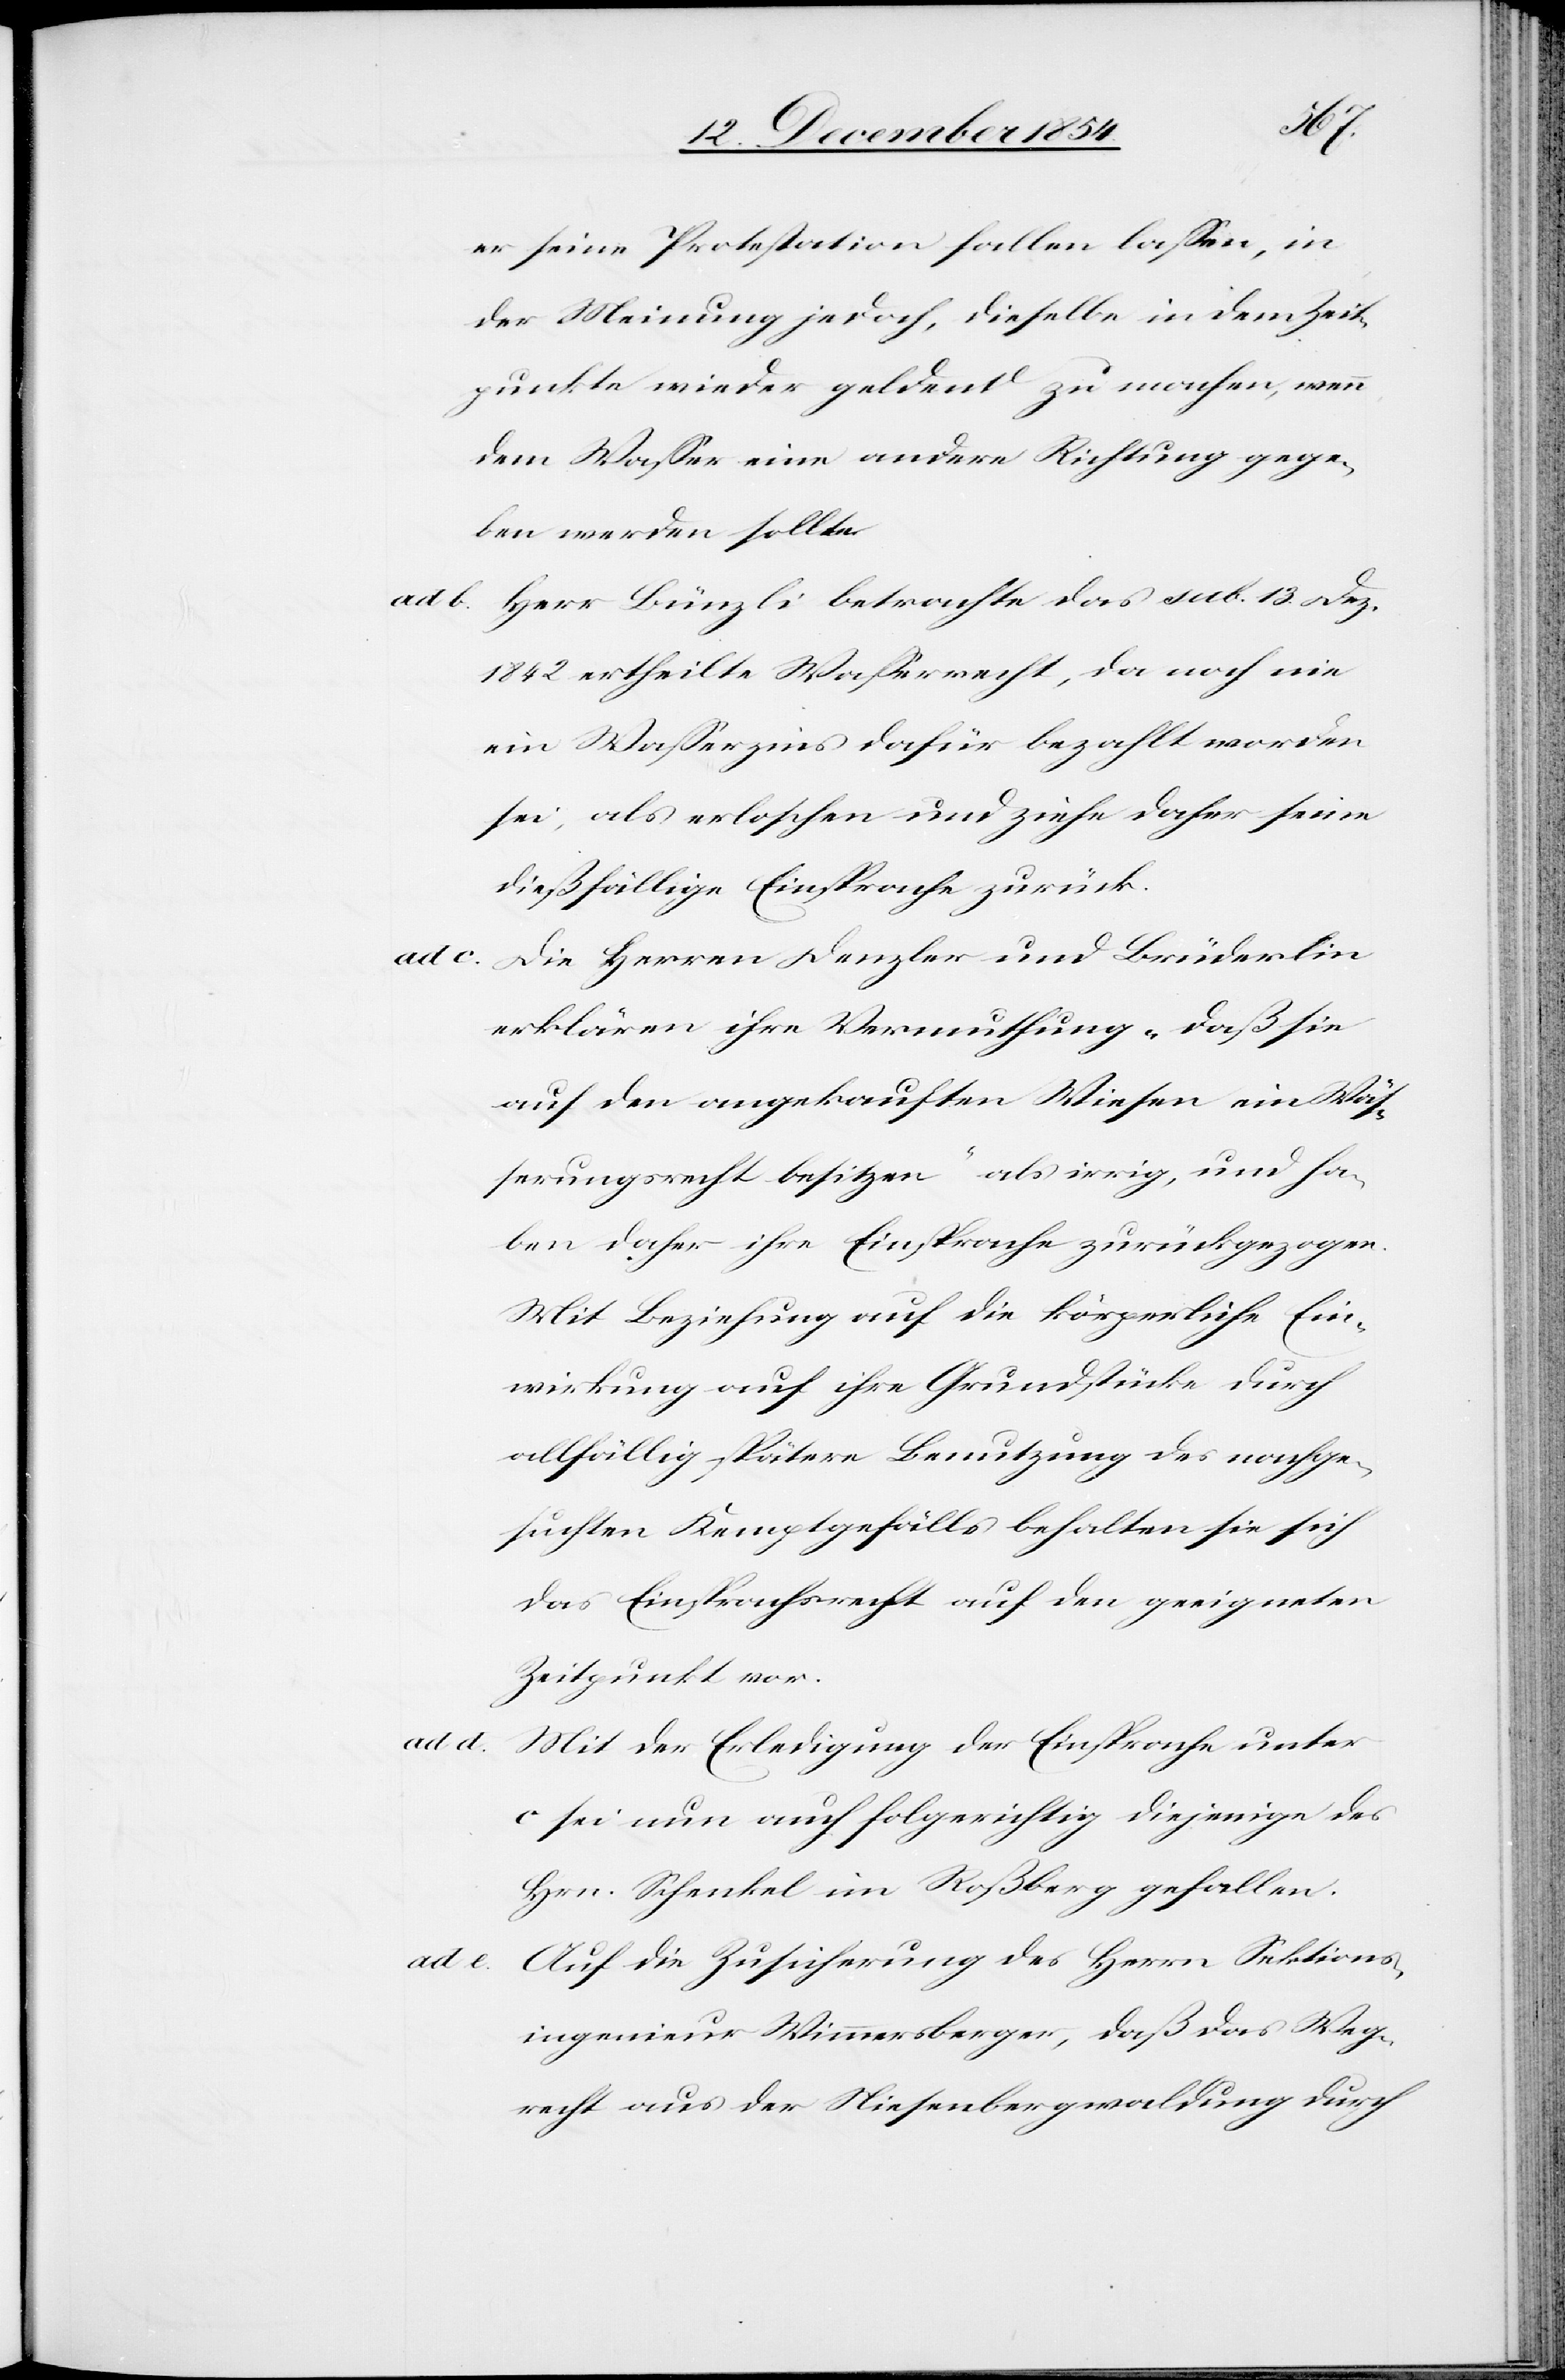
er seine Protestation fallen laßen, in
der Meinung jedoch, dieselbe in dem Zeit¬
punkte wieder geldent [sic!] zu machen, wenn
dem Waßer eine andere Richtung gege¬
ben werden sollte.
ad b.
Herr Bünzli betrachte das sub. 13. Dez.
1842 ertheilte Waßerrecht, da noch nie
ein Waßerzins dafür bezahlt worden
sei, als erloschen und ziehe daher seine
dießfällige Einsprache zurück.
ad c. Die Herren Denzler und Brüderlin
erklären ihre Vermuthung „daß sie
auf den angekauften Wiesen ein Wäß¬
erungsrecht besitzen“ als irrig, und ha¬
ben daher ihre Einsprache zurückgezogen.
Mit Beziehung auf die körperliche Ein¬
wirkung auf ihre Grundstücke durch
allfällig spätere Benutzung des nachge¬
suchten Kemptgefälls behalten sie sich
das Einsprachsrecht auf den geeigneten
Zeitpunkt vor.
ad d.
Mit der Erledigung der Einsprache unter
c sei nun auch folgerichtig diejenige des
Hrn. Schenkel im Roßberg gefallen.
ad e. Auf die Zusicherung des Herrn Sektions¬
ingenieur Wimmersberger, daß das Weg¬
recht aus der Niesenbergwaldung durch